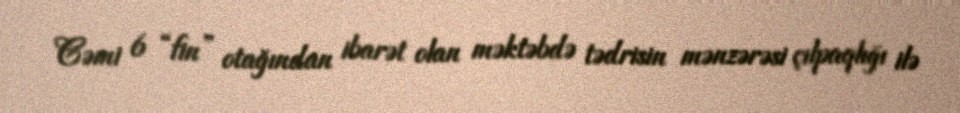
Cəmi 6 “fin” otağından ibarət olan məktəbdə tədrisin mənzərəsi çılpaqlığı ilə